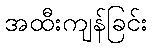
အထီးကျန်ခြင်း